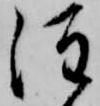
注